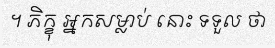
។ ភិក្ខុ អ្នកសម្លាប់ នោះ ទទួល ថា